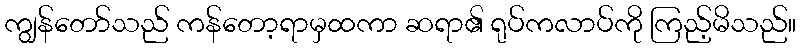
ကျွန်တော်သည် ကန်တော့ရာမှထကာ ဆရာ၏ ရုပ်ကလာပ်ကို ကြည့်မိသည်။